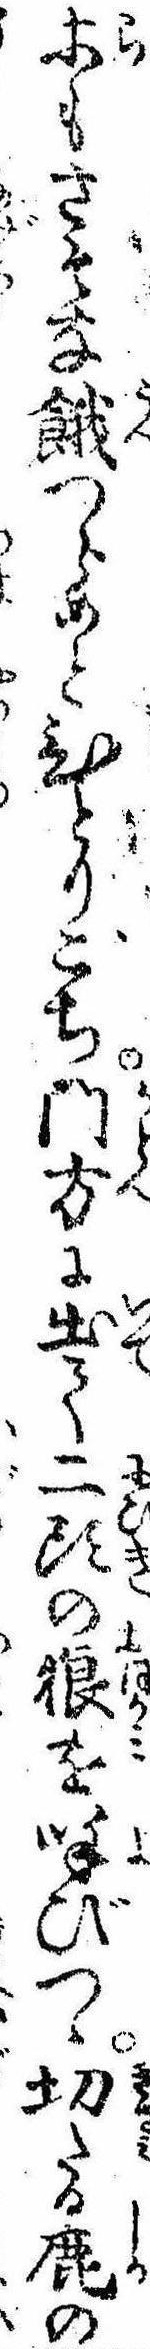
等もさそな餓つらめとひとりごち門方に出て二頭の狼を呼びつゝ切たる鹿の